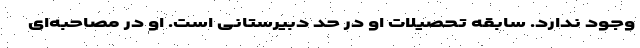
وجود ندارد. سابقه تحصیلات او در حد دبیرستانی است. او در مصاحبه‌ای